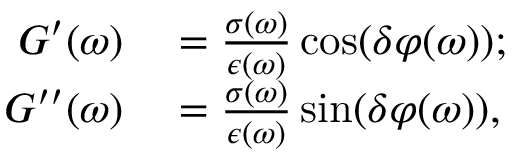
\begin{array} { r l } { G ^ { \prime } ( \omega ) } & { { } = \frac { \sigma ( \omega ) } { { \epsilon } ( \omega ) } \cos ( \delta \varphi ( \omega ) ) ; } \\ { G ^ { \prime \prime } ( \omega ) } & { { } = \frac { \sigma ( \omega ) } { { \epsilon } ( \omega ) } \sin ( \delta \varphi ( \omega ) ) , } \end{array}